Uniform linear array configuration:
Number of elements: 8
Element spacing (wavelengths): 0.5
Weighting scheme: blackman
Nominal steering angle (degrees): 0
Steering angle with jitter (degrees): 0.9563
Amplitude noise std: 0.05
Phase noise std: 0.05

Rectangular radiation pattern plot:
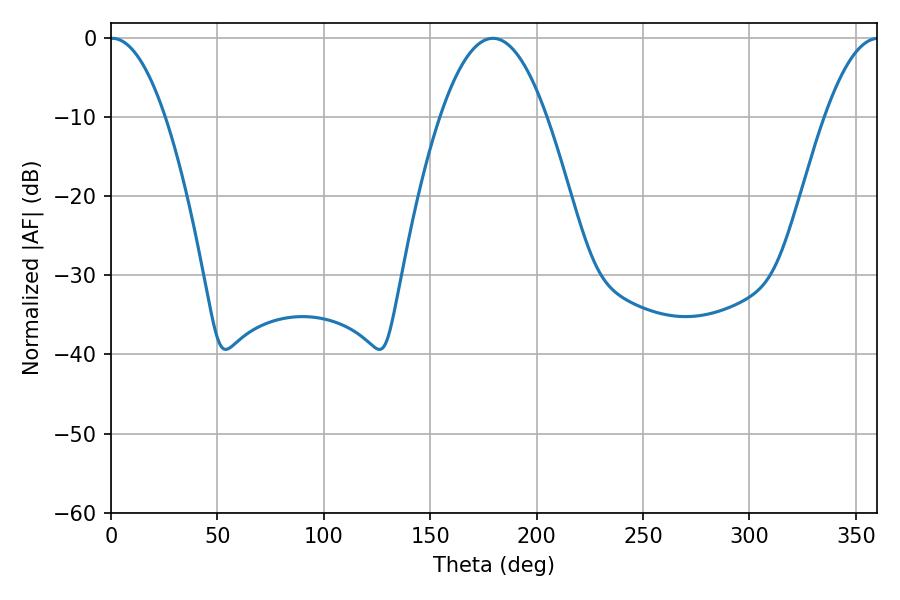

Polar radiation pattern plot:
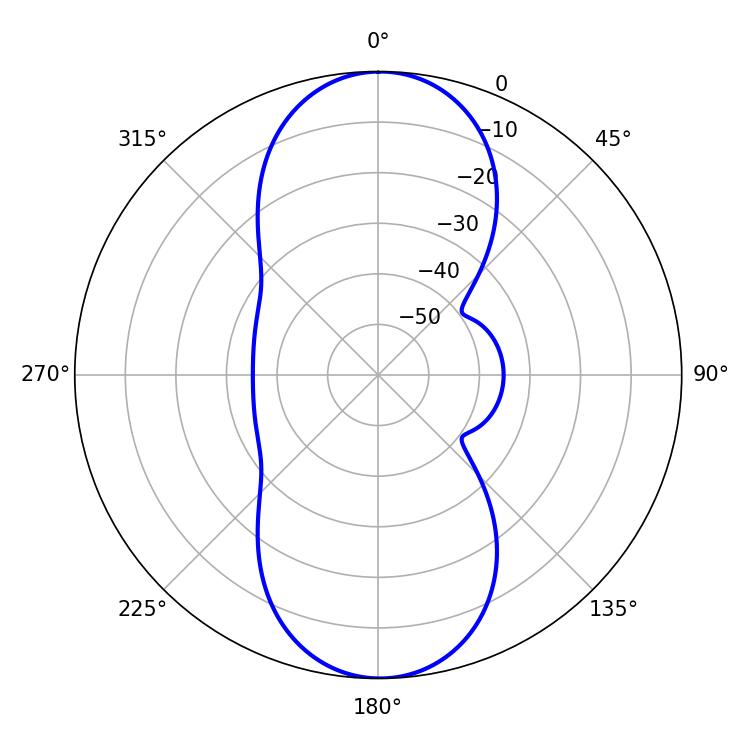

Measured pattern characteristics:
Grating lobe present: FALSE
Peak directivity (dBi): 25.277
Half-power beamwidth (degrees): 14.22
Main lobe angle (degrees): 0.54